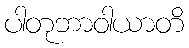
ပါတုဘာဝါယာတိ